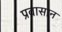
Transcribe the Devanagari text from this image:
प्रवासान